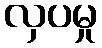
လှပမှု